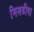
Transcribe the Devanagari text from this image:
मिशडीया